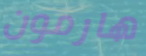
هارمون